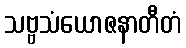
သဗ္ဗသံယောဇနာတီတံ